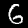
Digit: 6